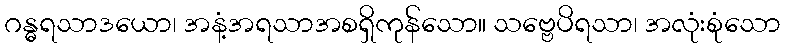
ဂန္ဓရသာဒယော၊ အနံ့အရသာအစရှိကုန်သော။ သဗ္ဗေပိရသာ၊ အလုံးစုံသော